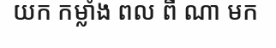
យក កម្លាំង ពល ពី ណា មក